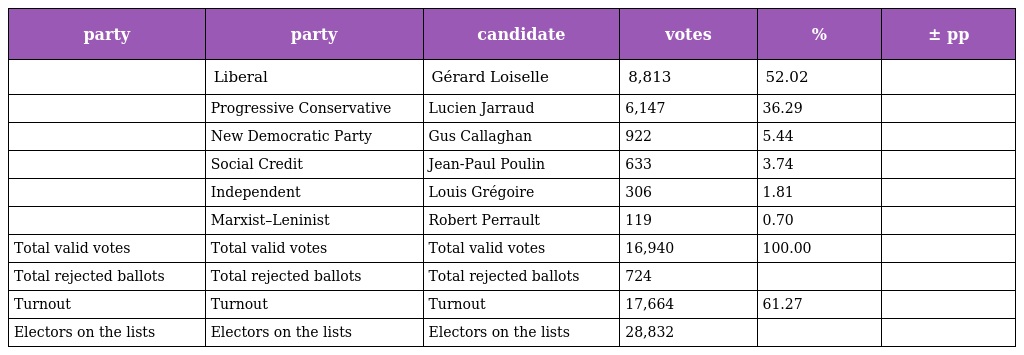
| party | party | candidate | votes | % | ± pp |
 | --- | --- | --- | --- | --- | --- |
 |  | Liberal | Gérard Loiselle | 8,813 | 52.02 |  |
 |  | Progressive Conservative | Lucien Jarraud | 6,147 | 36.29 |  |
 |  | New Democratic Party | Gus Callaghan | 922 | 5.44 |  |
 |  | Social Credit | Jean-Paul Poulin | 633 | 3.74 |  |
 |  | Independent | Louis Grégoire | 306 | 1.81 |  |
 |  | Marxist–Leninist | Robert Perrault | 119 | 0.70 |  |
 | Total valid votes | Total valid votes | Total valid votes | 16,940 | 100.00 |  |
 | Total rejected ballots | Total rejected ballots | Total rejected ballots | 724 |  |  |
 | Turnout | Turnout | Turnout | 17,664 | 61.27 |  |
 | Electors on the lists | Electors on the lists | Electors on the lists | 28,832 |  |  |